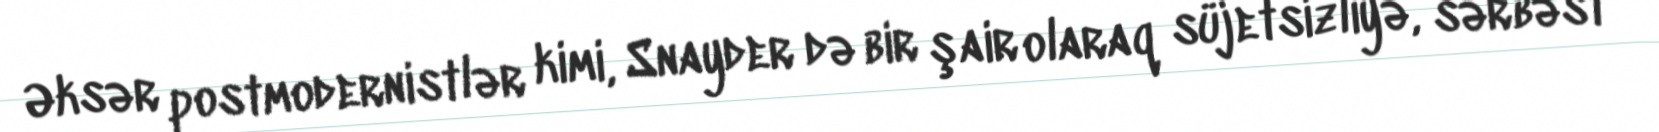
Əksər postmodernistlər kimi, Snayder də bir şair olaraq süjetsizliyə, sərbəst